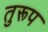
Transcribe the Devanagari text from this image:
तुरूप